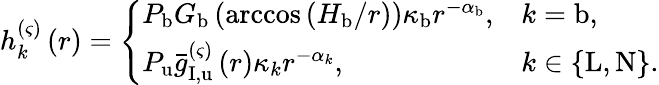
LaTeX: \begin{array}{r}{h_{k}^{\left(\varsigma\right)}\left(r\right)=\left\{ \begin{array}{ll}{P_{\mathrm{b}}G_{\mathrm{b}}\left(\operatorname{arccos}\left(H_{\mathrm{b}}/r\right)\right)\kappa_{\mathrm{b}}r^{-\alpha_{\mathrm{b}}},}&{k=\mathrm{b},}\\ {P_{\mathrm{u}}\bar{g}_{\mathrm{I},\mathrm{u}}^{\left(\varsigma\right)}\left(r\right)\kappa_{k}r^{-\alpha_{k}},}&{k\in\left\{ \mathrm{L},\mathrm{N}\right\} .}\end{array}\right.}\end{array}